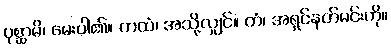
ပုစ္ဆာမိ၊ မေးပါ၏။ ကထံ၊ အသို့လျှင်။ တံ၊ အရှင်နတ်မင်းကို။